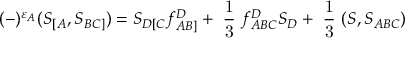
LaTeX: ( - ) ^ { \varepsilon _ { A } } ( S _ { [ A } , S _ { B C ] } ) = S _ { D [ C } f _ { A B ] } ^ { D } + \mathrm { \small { ~ \frac { 1 } { 3 } ~ } } f _ { A B C } ^ { D } S _ { D } + \mathrm { \small { ~ \frac { 1 } { 3 } ~ } } ( S , S _ { A B C } )